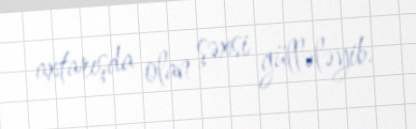
axtarışda olan şəxsi güllələyib.